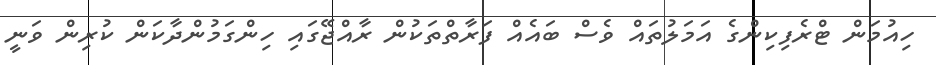
ހިއުމަން ޓްރެފިކިންގެ އަމަލުތައް ވެސް ބައެއް ފަރާތްތަކުން ރާއްޖޭގައި ހިންގަމުންދާކަން ކުރިން ވަނީ